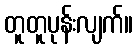
တူတူပုန်းလျက်။